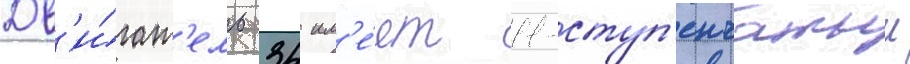
Дв'и́гат'ель 34 им'е́ет 11-ступ'енчатыи